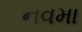
નવમા